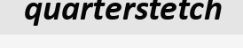
quarterstetch